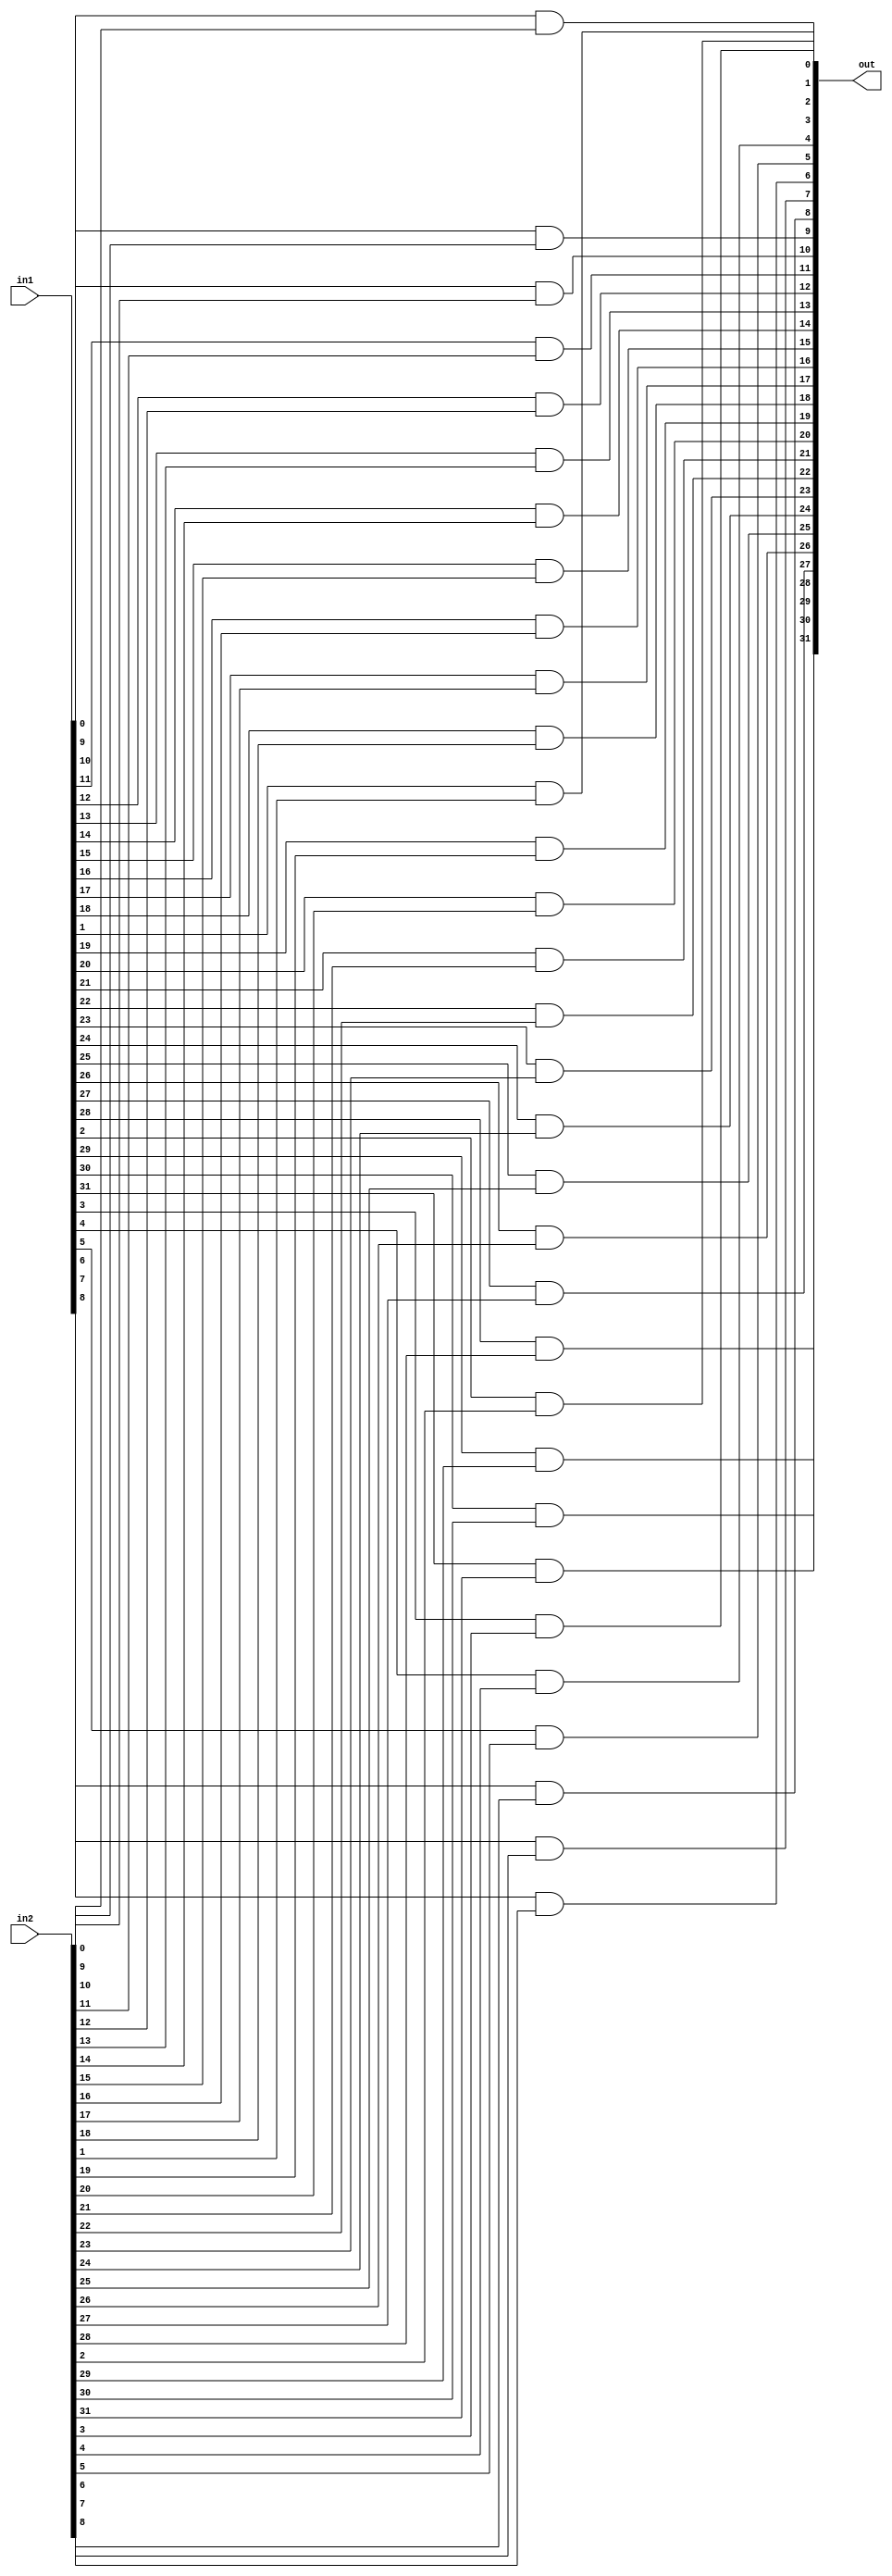
module bitwiseAND(in1,in2,out);

input [31:0] in1, in2;
output [31:0] out;

   genvar c;
   generate
	for(c=0; c<=31;c=c+1) begin: loop1
	
	and and_bitwise(out[c], in1[c], in2[c]);
	
	end
	endgenerate

endmodule